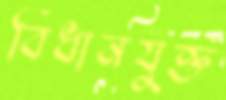
বিধানযুক্ত